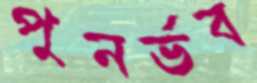
পুনর্ভব